Vaccination in the Punjab 1905-1918 - 1905-1918
Year: 1905
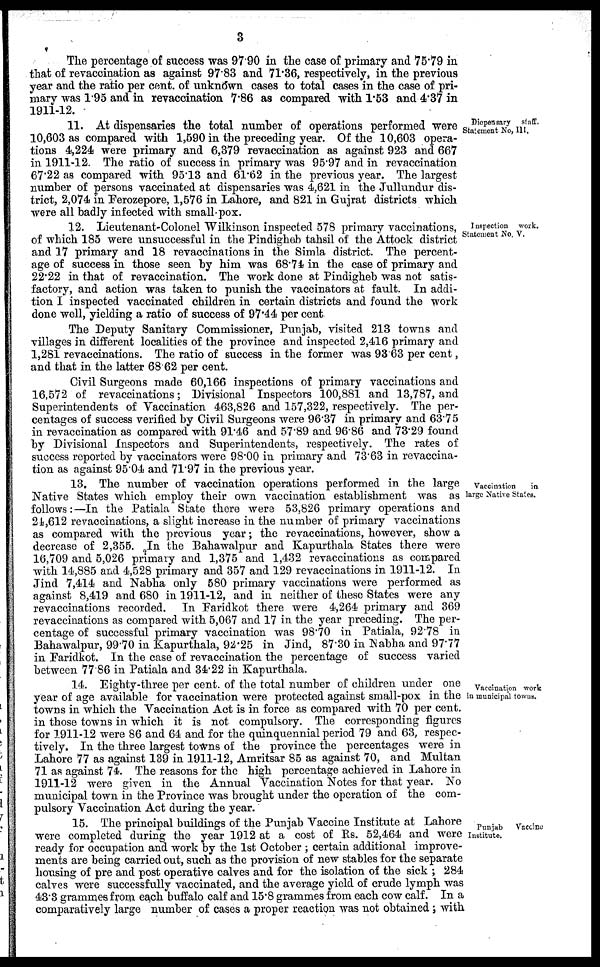
3
The percentage of success was 97.90 in the case of primary and 75.79 in
that of revaccination as against 97.83 and 71.36, respectively, in the previous
year and the ratio per cent. of unknown cases to total cases in the case of pri-
mary was 1.95 and in revaccination 7.86 as compared with 1.53 and 4.37 in
1911-12.
Diepensary
staff.
Statement No, III.
11. At dispensaries the total number of operations performed were
10,603 as compared with 1,590 in the preceding year. Of the 10,603 opera-
tions 4,224 were primary and 6,379 revaccination as against 923 and 667
in 1911-12. The ratio of success in primary was 95.97 and in revaccination
67.22 as compared with 95.13 and 61.62 in the previous year. The largest
numher of persons vaccinated at dispensaries was 4,621 in the Jullundur dis-
trict, 2,074 in Ferozepore, 1,576 in Lahore, and 821 in Gujrat districts which
were all badly infected with small-pox.
Inspection work.
Statement No. V.
12. Lieutenant-Colonel Wilkinson inspected 578 primary vaccinations,
of which 185 were unsuccessful in the Pindigheb tahsil of the Attock district
and 17 primary and 18 revaccinations in the Simla district. The percent-
age of success in those seen by him was 68.74 in the case of primary and
22.22 in that of revaccination. The work done at Pindigheb was not satis-
factory, and action was taken to punish the vaccinators at fault. In addi-
tion I inspected vaccinated children in certain districts and found the work
done well, yielding a ratio of success of 97.44 per cent.
The Deputy Sanitary Commissioner, Punjab, visited 213 towns and
villages in different localities of the province and inspected 2,416 primary and
1,281 revaccinations. The ratio of success in the former was 93.63 per cent,
and that in the latter 68 62 per cent.
Civil Surgeons made 60,166 inspections of primary vaccinations and
16,572 of revaccinations; Divisional Inspectors 100,881 and 13,787, and
Superintendents of Vaccination 463,826 and 157,322, respectively. The per-
centages of success verified by Civil Surgeons were 96.37 in primary and 63.75
in revaccination as compared with 91.46 and 57.89 and 96.86 and 73.29 found
by Divisional Inspectors and Superintendents, respectively. The rates of
success reported by vaccinators were 98.00 in primary and 73.63 in revaccina-
tion as against 95.04 and 71.97 in the previous year.
Vaccination
in
large Native States.
13. The number of vaccination operations performed in the large
Native States which employ their own vaccination establishment was as
follows:—In the Patiala State there were 53,826 primary operations and
24,612 revaccinations, a slight increase in the number of primary vaccinations
as compared with the previous year; the revaccinations, however, show a
decrease of 2,355. In the Bahawalpur and Kapurthala States there were
16,709 and 5,026 primary and 1,375 and 1,432 revaccinations as compared
with 14,885 and 4,528 primary and 357 and 129 revaccinations in 1911-12. In
Jind 7,414 and Nabha only 580 primary vaccinations were performed as
against 8,419 and 680 in 1911-12, and in neither of these States were any
revaccinations recorded. In Faridkot there were 4,264 primary and 369
revaccinations as compared with 5,067 and 17 in the year preceding. The per-
centage of successful primary vaccination was 98.70 in Patiala, 92.78 in
Bahawalpur, 99.70 in Kapurthala, 92.25 in Jind, 87.30 in Nabha and 97.77
in Faridkot. In the case of revaccination the percentage of success varied
between 77.86 in Patiala and 34.22 in Kapurthala.
Vaccination work
in municipal towns.
14. Eighty-three per cent. of the total number of children under one
year of age available for vaccination were protected against small-pox in the
towns in which the Vaccination Act is in force as compared with 70 per cent.
in those towns in which it is not compulsory. The corresponding figures
for 1911-12 were 86 and 64 and for the quinquennial period 79 and 63, respec-
tively. In the three largest towns of the province the percentages were in
Lahore 77 as against 139 in 1911-12, Amritsar 85 as against 70, and Multan
71 as against 74. The reasons for the high percentage achieved in Lahore in
1911-12 were given in the Annual Vaccination Notes for that year. No
municipal town in the Province was brought under the operation of the com-
pulsory Vaccination Act during the year.
Punjab
Vaccine
Institute.
15. The principal buildings of the Punjab Vaccine Institute at Lahore
were completed during the year 1912 at a cost of Rs. 52,464 and were
ready for occupation and work by the 1st October ; certain additional improve-
ments are being carried out, such as the provision of new stables for the separate
housing of pre and post operative calves and for the isolation of the sick ; 284
calves were successfully vaccinated, and the average yield of crude lymph was
43.3 grammes from each buffalo calf and 15.8 grammes from each cow calf. In a
comparatively large number of cases a proper reaction was not obtained ; with